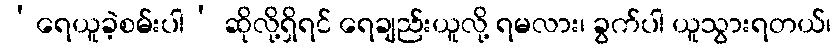
‘ရေယူခဲ့စမ်းပါ’ ဆိုလို့ရှိရင် ရေချည်းယူလို့ ရမလား၊ ခွက်ပါ ယူသွားရတယ်၊